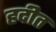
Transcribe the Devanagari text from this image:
हदीत